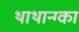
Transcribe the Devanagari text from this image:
थाथान्ग्का